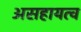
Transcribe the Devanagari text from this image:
असहायत्व